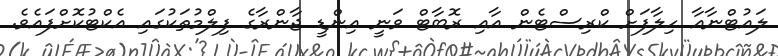
ލައުޓްނާއާ ހިލާފަށް ކްރިސްޓެން އާއި ރޮބާޓް ވަނީ އިންޑީ ޖާންރާގެ ފިލްމުތަކުގައި އެކްޓުކޮށްފައެވެ.